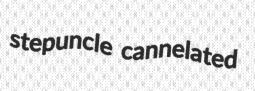
stepuncle cannelated